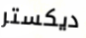
ديكستر